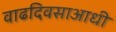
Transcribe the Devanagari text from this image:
वाढदिवसाआधी